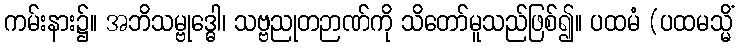
ကမ်းနား၌။ အဘိသမ္ဗုဒ္ဓေါ၊ သဗ္ဗညုတဉာဏ်ကို သိတော်မူသည်ဖြစ်၍။ ပထမံ (ပထမသ္မိံ